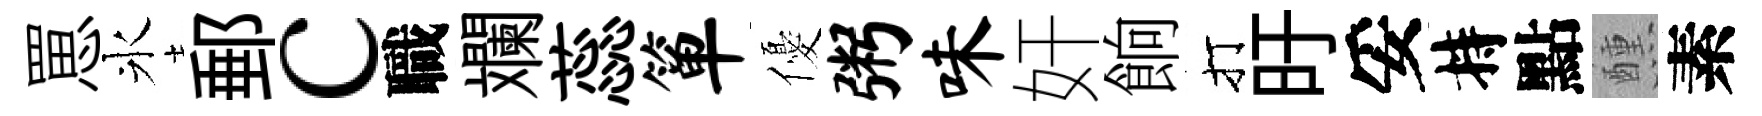
罳氷郵c職斕蕊箪優粥味奸餉打旴妥持點醺素